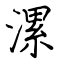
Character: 漯